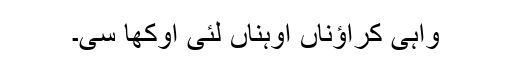
واہی کراؤناں اوہناں لئی اوکھا سی۔